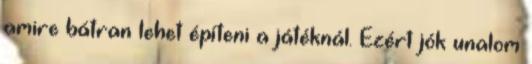
amire bátran lehet építeni a játéknál. Ezért jók unalom